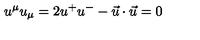
u ^ { \mu } u _ { \mu } = 2 u ^ { + } u ^ { - } - \vec { u } \cdot \vec { u } = 0